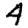
Digit: 4